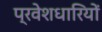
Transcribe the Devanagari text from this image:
प्रवेशधारियों